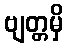
ဗျတ္တမှိ